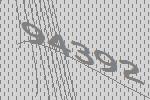
94392